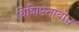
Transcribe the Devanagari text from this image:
विशिष्टताबोध